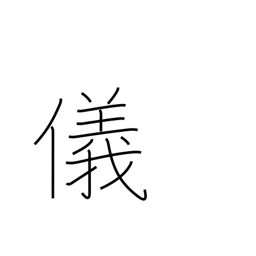
Meaning: affair